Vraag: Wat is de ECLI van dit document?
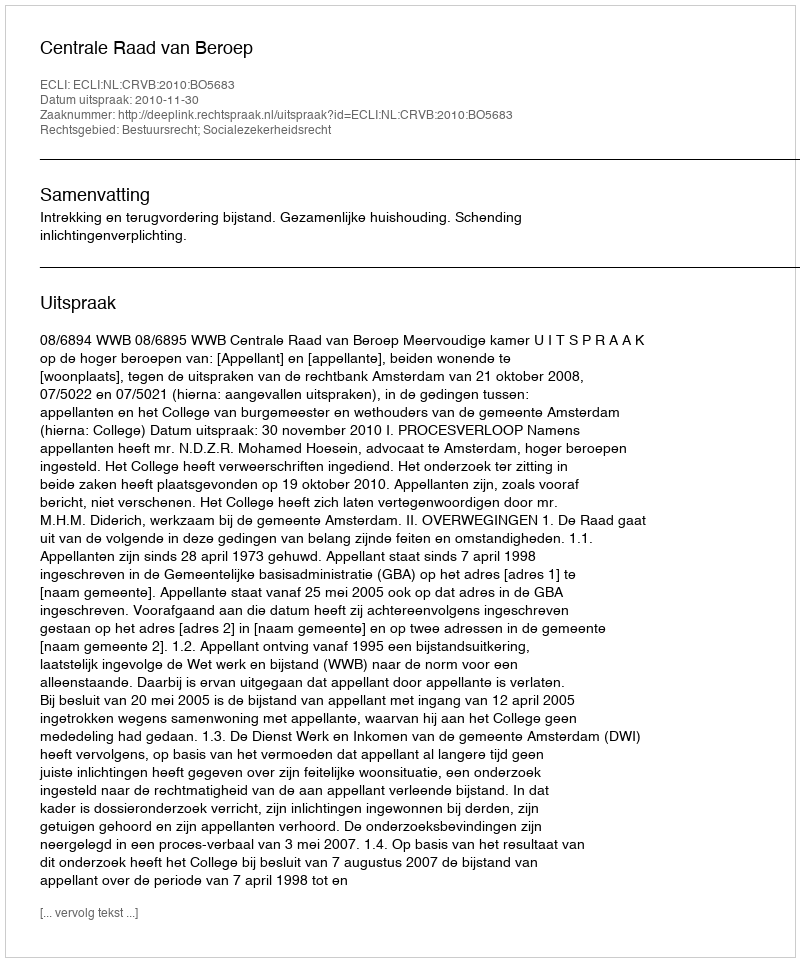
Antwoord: ECLI:NL:CRVB:2010:BO5683